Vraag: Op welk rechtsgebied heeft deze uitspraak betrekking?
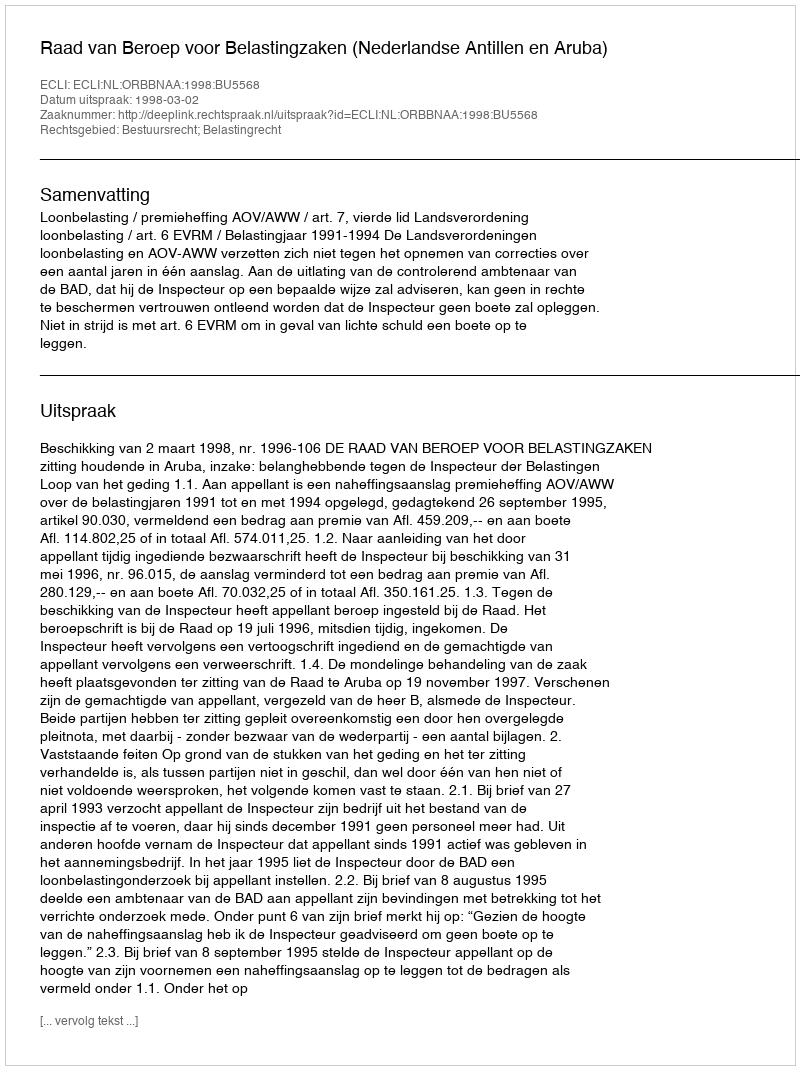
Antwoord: Bestuursrecht; Belastingrecht